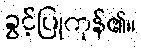
ခွင့်ပြုကုန်၏။